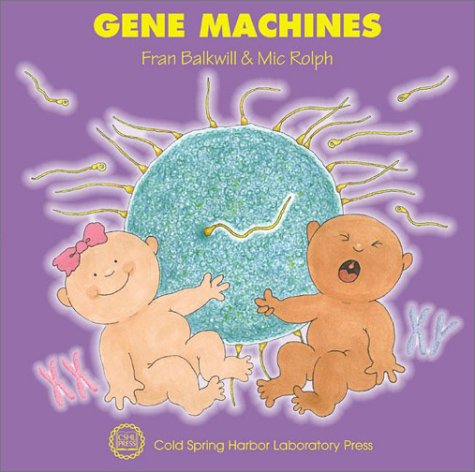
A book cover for Gene Machines (Enjoy Your Cells); Fran Balkwill; Computers & Technology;